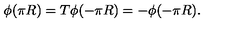
\phi ( \pi R ) = T \phi ( - \pi R ) = - \phi ( - \pi R ) .